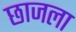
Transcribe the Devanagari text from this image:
छाजला